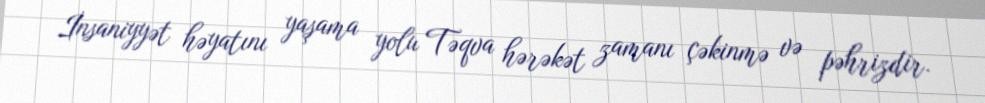
İnsaniyyət həyatını yaşama yolu Təqva hərəkət zamanı çəkinmə və pəhrizdir.